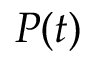
P ( t )